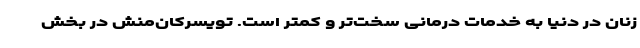
زنان در دنیا به خدمات درمانی سخت‌تر و کمتر است. تویسرکان‌منش در بخش